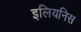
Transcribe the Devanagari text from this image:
इलियनिस